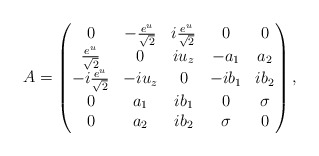
\begin{align*}A =\begin{pmatrix}0 & -\frac{e^u}{\sqrt{2}} & i\frac{e^u}{\sqrt{2}} & 0 & 0\\\frac{e^u}{\sqrt{2}}& 0 & i u_z & - a_1 & a_2\\-i \frac{e^u}{\sqrt{2}} & -i u_z & 0 & -i b_1 & i b_2 \\0 & a_1 & i b_1 & 0 & \sigma \\0 & a_2 & i b_2 & \sigma & 0 \\ \end{pmatrix},\end{align*}